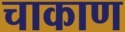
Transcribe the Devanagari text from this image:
चाकाण